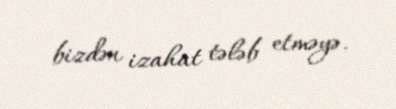
bizdən izahat tələb etməyə.